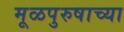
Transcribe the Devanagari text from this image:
मूळपुरुषाच्या